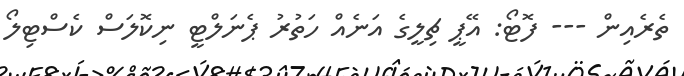
ތެރެއިން --- ފޮޓޯ: އޭޕީ ޗިލީގެ އަނެއް ހަތުރު ޕެނަލްޓީ ނިކޮލަސް ކެސްޓިލޯ